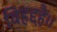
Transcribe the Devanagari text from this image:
विहद्दहैं।।